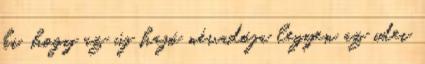
ki, hogy az új hajó névadója legyen az idei